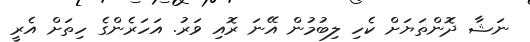
ނަޝާ ދޮންތަޔަށް ކެހި ލިބުމުން އޭނަ ރޮއި ވަރު. އަހަރެންގެ ހިތަށް އެރީ